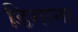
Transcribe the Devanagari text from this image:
डिगाना